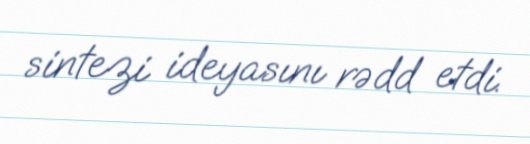
sintezi ideyasını rədd etdi.